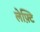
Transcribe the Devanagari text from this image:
लेफ़्टि